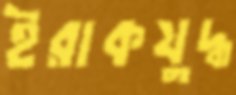
ইরাকযুদ্ধ